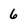
Character: 6